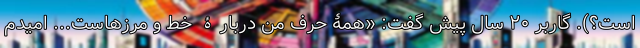
است؟). گاربر ۲۰ سال پیش گفت: «همۀ حرف من دربارۀ خط و مرزهاست... امیدم